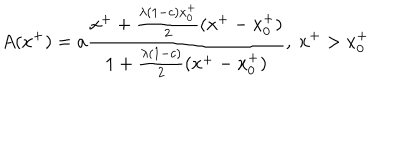
LaTeX: A ( x ^ { + } ) = a { \frac { x ^ { + } + { \frac { \lambda ( 1 - c ) x _ { 0 } ^ { + } } { 2 } } ( x ^ { + } - x _ { 0 } ^ { + } ) } { 1 + { \frac { \lambda ( 1 - c ) } { 2 } } ( x ^ { + } - x _ { 0 } ^ { + } ) } } , \ x ^ { + } > x _ { 0 } ^ { + }